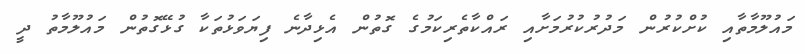
މައުލޫމާތާއި ކުށްކުރުން މަދުރުކުރުމަށާއި ރައްކާތެރިކަމުގެ ގޮތުން އެޅިދާނެ ފިޔަވަޅުތަކާ ގުޅޭގޮތުން މައުލޫމާތު ދީ